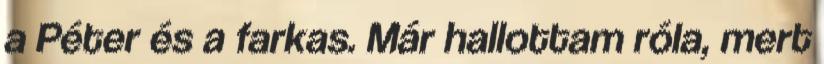
a Péter és a farkas. Már hallottam róla, mert